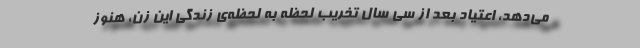
می‌دهد، اعتیاد بعد از سی سال تخریب لحظه به لحظه‌ی زندگی این زن، هنوز